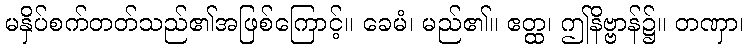
မနှိပ်စက်တတ်သည်၏အဖြစ်ကြောင့်။ ခေမံ၊ မည်၏။ ဧတ္ထ၊ ဤနိဗ္ဗာန်၌။ တဏှာ၊